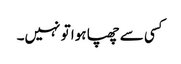
کسی سے چھپا ہوا تو نہیں۔